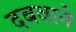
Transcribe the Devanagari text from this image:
दबवाने